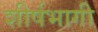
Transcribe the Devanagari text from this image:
शीर्षभागी